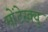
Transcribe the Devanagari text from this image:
मोंटेस्क्यु